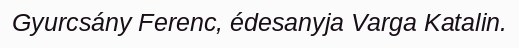
Gyurcsány Ferenc, édesanyja Varga Katalin.